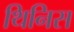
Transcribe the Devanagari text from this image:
थिनिस